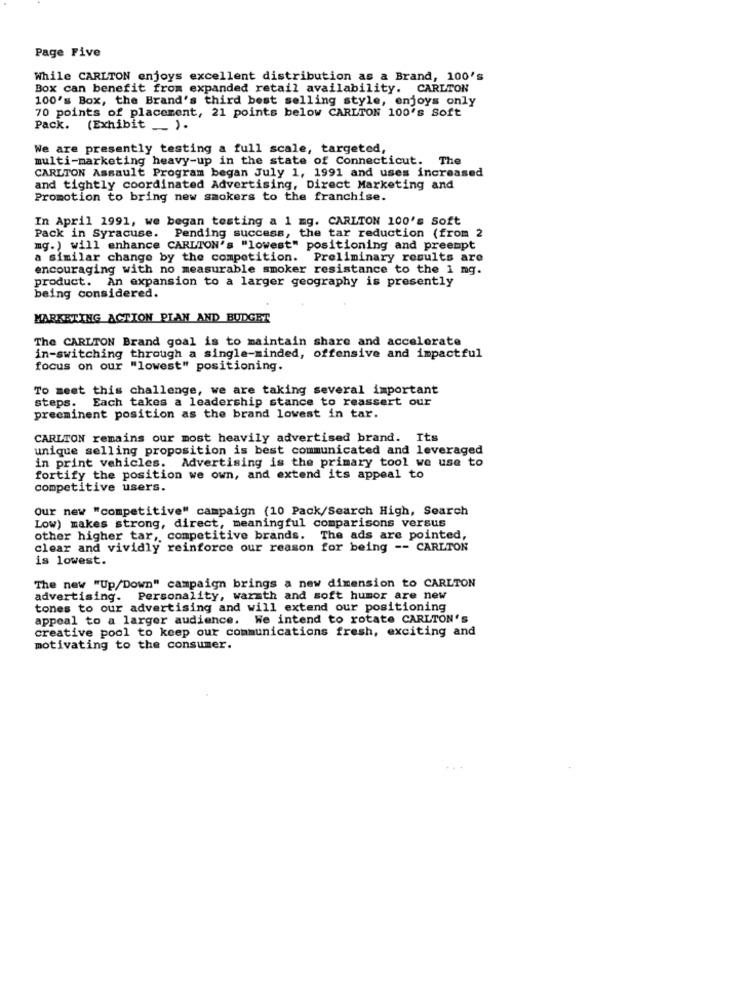
Page Five
While CARLTON enjoys excellent distribution as a Brand, 100's
Box can benefit from expanded retail availability. CARLTON
100's Box, the Brand's third best selling style, enjoys only
70 points of placement, 21 points below CARLTON 100's Soft
Pack. (Exhibit ).
We are presently testing a full scale, targeted,
multi-marketing heavy-up in the state of Connecticut. The
CARLTON Assault Program began July 1, 1991 and uses increased
and tightly coordinated Advertising, Direct Marketing and
Promotion to bring new smokers to the franchise.
In April 1991, we began testing a 1 mg. CARLTON 100's Soft
Pack in Syracuse. Pending success, the tar reduction (from 2
mg.) will enhance CARLTON's "lowest" positioning and preempt
a similar change by the competition. Preliminary results are
encouraging with no measurable smoker resistance to the 1 mg.
product. An expansion to a larger geography is presently
being considered.
MARKETING ACTION PLAN AND BUDGET
The CARLTON Brand goal is to maintain share and accelerate
in-switching through a single-minded, offensive and impactful
focus on our "lowest" positioning.
To meet this challenge, we are taking several important
steps. Each takes a leadership stance to reassert our
preeminent position as the brand lowest in tar.
CARLTON remains our most heavily advertised brand. Its
unique selling proposition is best communicated and leveraged
in print vehicles. Advertising is the primary tool we use to
fortify the position we own, and extend its appeal to
competitive users.
Our new "competitive" campaign (10 Pack/Search High, Search
Low) makes strong, direct, meaningful comparisons versus
other higher tar, competitive brands. The ads are pointed,
clear and vividly reinforce our reason for being -- CARLTON
is lowest.
The new "Up/Down" campaign brings a new dimension to CARLTON
advertising. Personality, warmth and soft humor are new
tones to our advertising and will extend our positioning
appeal to a larger audience. We intend to rotate CARLTON's
creative pool to keep our communications fresh, exciting and
motivating to the consumer.